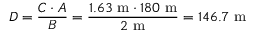
D = { \frac { C \cdot A } { B } } = { \frac { 1 . 6 3 ~ { \mathrm { m } } \cdot 1 8 0 ~ { \mathrm { m } } } { 2 ~ { \mathrm { m } } } } = 1 4 6 . 7 ~ { \mathrm { m } }